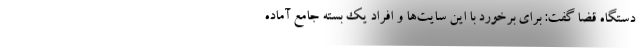
دستگاه قضا گفت: برای برخورد با این سایت‌ها و افراد یک بسته جامع آماده